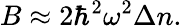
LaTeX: B\approx 2\hbar^{2}\omega^{2}\Delta n.